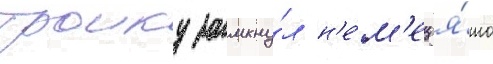
Троику замкну́л н'е́м'ец я́ша